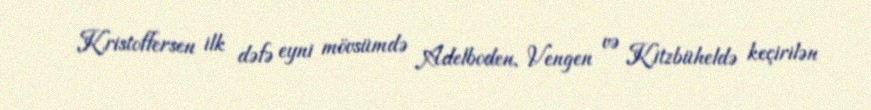
Kristoffersen ilk dəfə eyni mövsümdə Adelboden, Vengen və Kitzbüheldə keçirilən